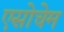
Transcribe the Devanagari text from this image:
एसोचेम